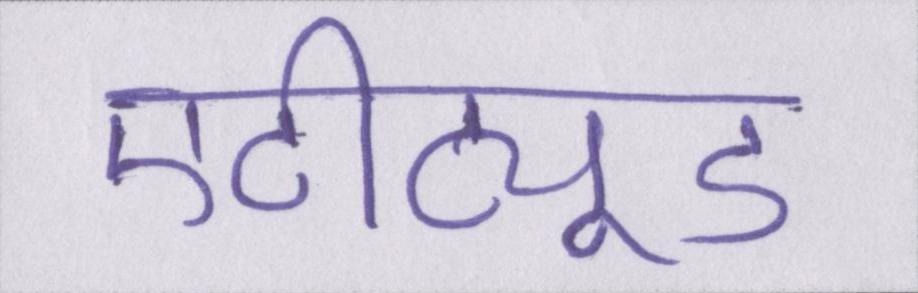
एटीट्यूड